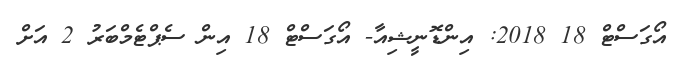
އޯގަސްޓް 18 2018: އިންޑޮނީޝިއާ- އޯގަސްޓް 18 އިން ސެޕްޓެމްބަރު 2 އަށް